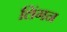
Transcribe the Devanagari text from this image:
लिंगन